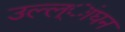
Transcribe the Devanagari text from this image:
उल्ल्ांघन